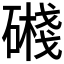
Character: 𥖔